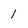
Character: 1